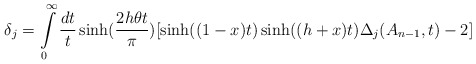
\begin{align*}\delta _j=\int\limits_0^\infty \frac{dt}t\sinh (\frac{2h\theta t}\pi )[\sinh ((1-x)t)\sinh((h+x)t)\Delta _j(A_{n-1},t)-2] \end{align*}